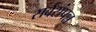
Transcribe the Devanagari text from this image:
सर्वसंपन्न